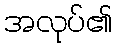
အလုပ်၏